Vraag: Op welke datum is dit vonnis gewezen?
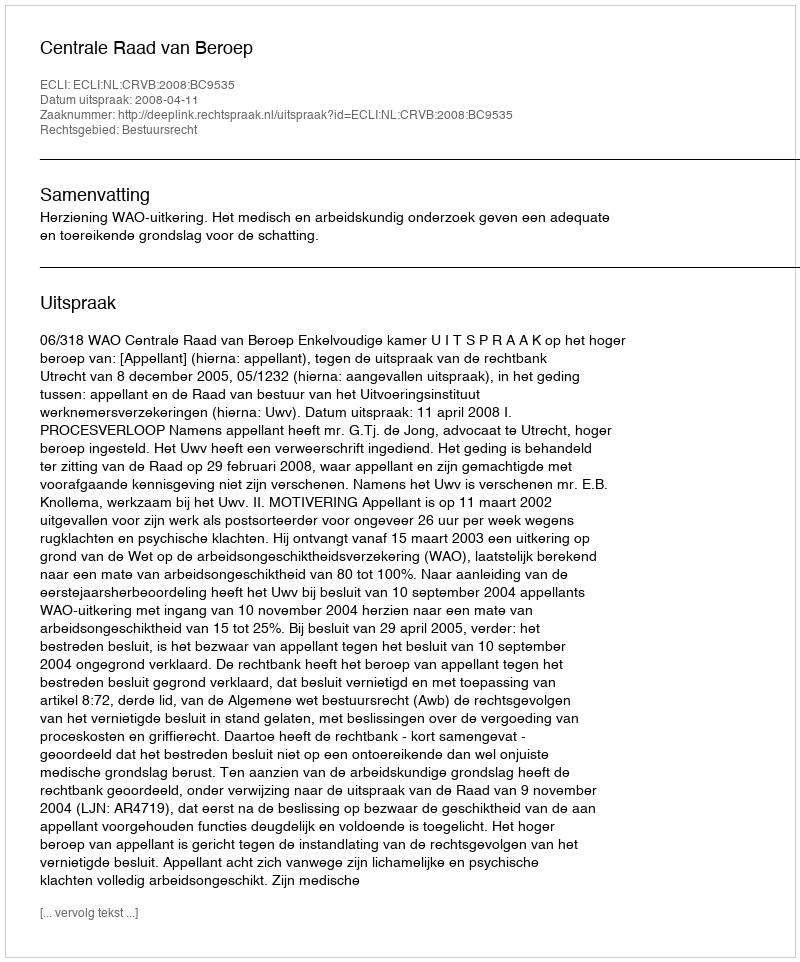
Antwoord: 2008-04-11